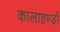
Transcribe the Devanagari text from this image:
कालाहण्डी